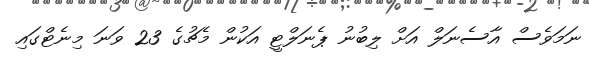
ނަމަވެސް އާސެނަލް އަށް ލިބުނު ޕެނަލްޓީ އަކުން މެޗުގެ 23 ވަނަ މިނެޓްގައި